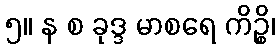
၅။ န စ ခုဒ္ဒ မာစရေ ကိဉ္စိ၊